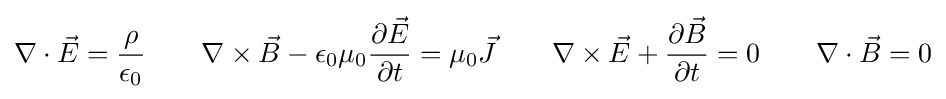
\nabla \cdot {\vec {E}}={\rho  \over \epsilon _{0}}\qquad \nabla \times {\vec {B}}-\epsilon _{0}\mu _{0}{\partial {\vec {E}} \over \partial t}=\mu _{0}{\vec {J}}\qquad \nabla \times {\vec {E}}+{\partial {\vec {B}} \over \partial t}=0\qquad \nabla \cdot {\vec {B}}=0